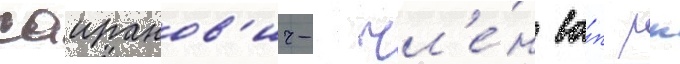
саиранов'ич- чл'е́н ва́п рк